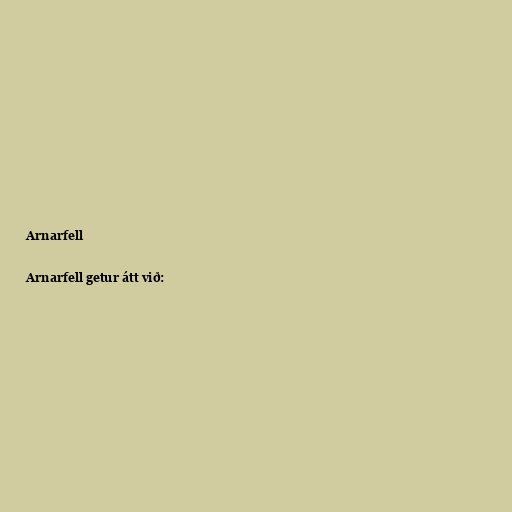
Arnarfell

Arnarfell getur átt við: